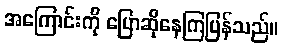
အကြောင်းကို ပြောဆိုနေကြပြန်သည်။